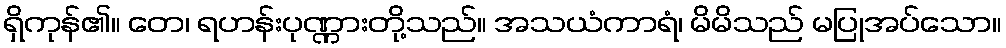
ရှိကုန်၏။ တေ၊ ရဟန်းပုဏ္ဏားတို့သည်။ အသယံကာရံ၊ မိမိသည် မပြုအပ်သော။